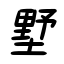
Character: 墅